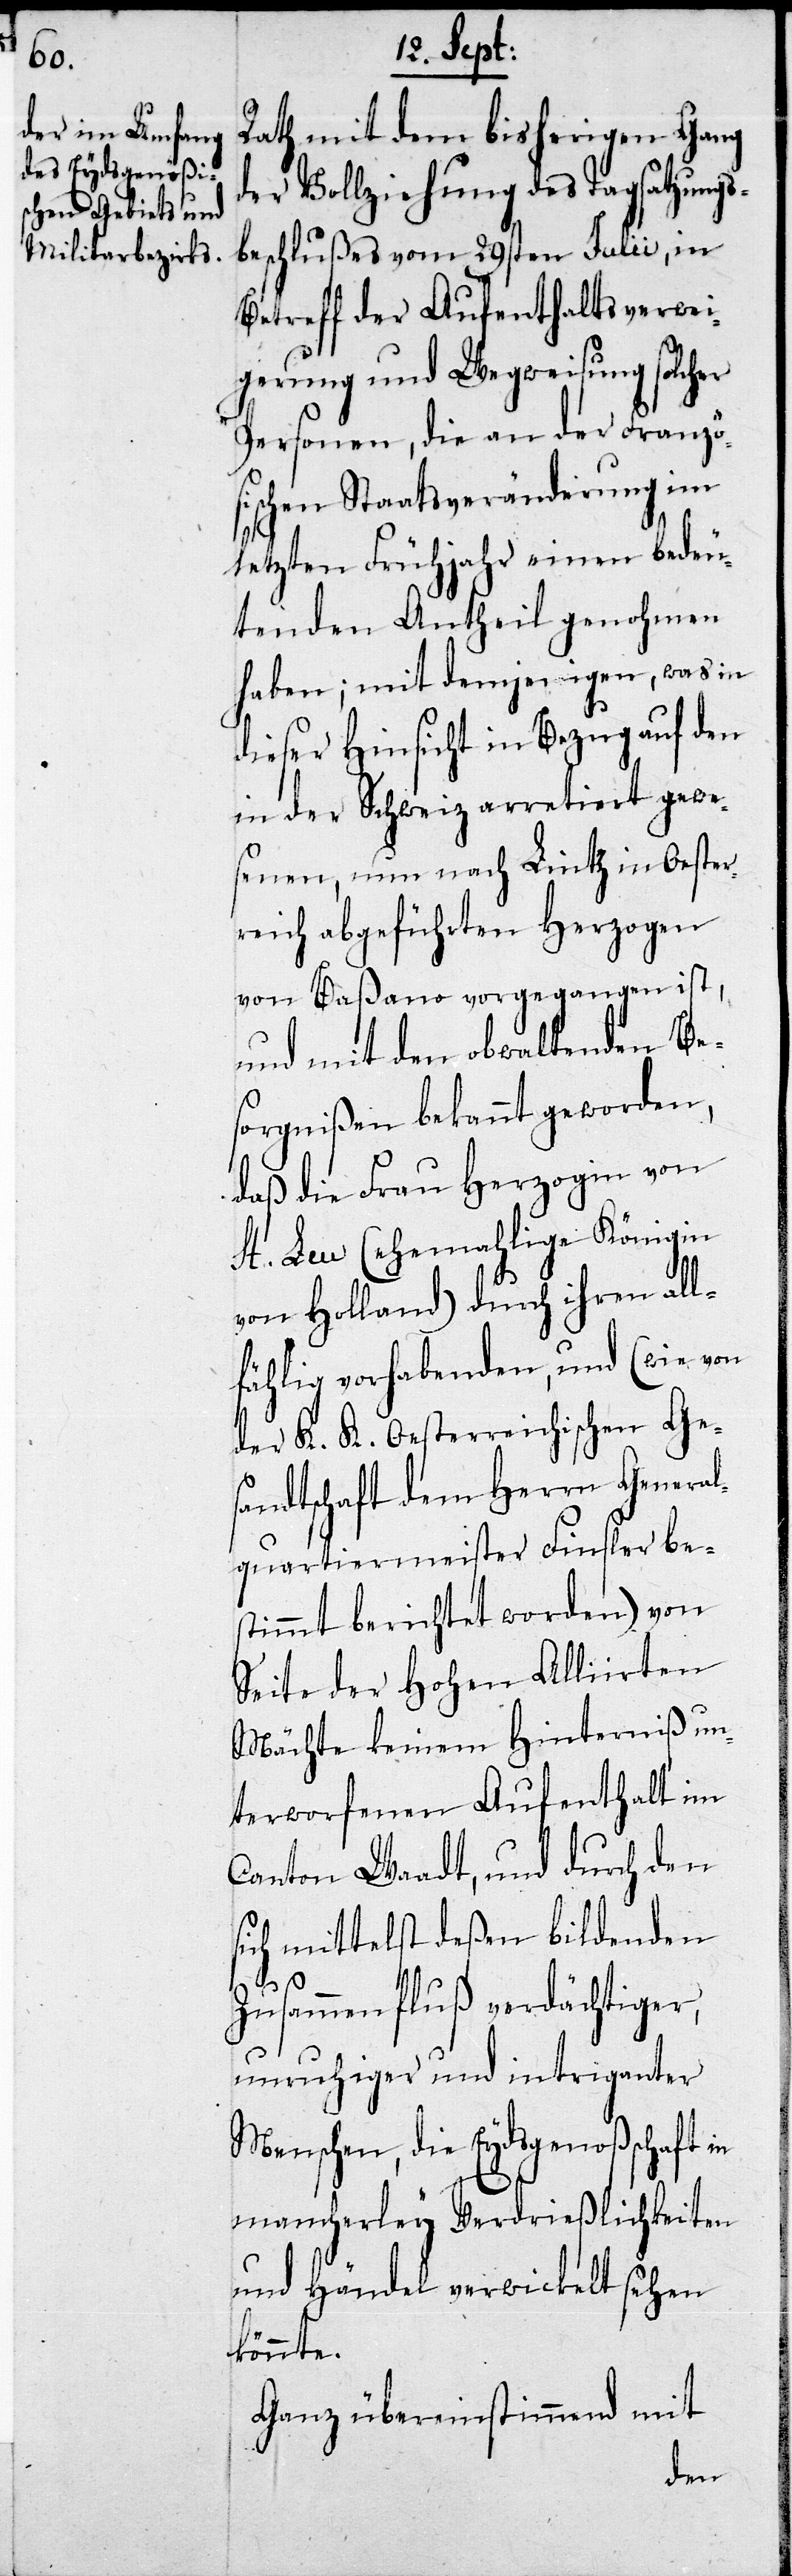
Rath mit dem bisherigen Gang
der Vollziehung des Tagsatzungs¬
beschlußes vom 29sten Julii, in
Betreff der Aufenthaltsverwei¬
gerung und Wegweisung solcher
Personen, die an der Französ¬
ischen Staatsveränderung im
letzten Frühjahr einen bedeu¬
tenden Antheil genohmen
haben; mit demjenigen, was in
dieser Hinsicht in Bezug auf den
in der Schweiz arretiert gewe¬
senen, nun nach Lintz in Oester¬
reich abgeführten Herzogen
von Baßano vorgegangen ist,
und mit den obwaltenden Be¬
sorgnißen bekannt geworden,
daß die Frau Herzogin von
St. Leu (ehemalige Königin
von Holland) durch ihren all¬
fählig vorhabenden, und (wie von
der K. K. Oesterreichischen Ge¬
sandtschaft dem Herrn General¬
quartiermeister Finsler bes¬
timmt berichtet worden) von
Seite der Hohen Alliirten
Mächte keinem Hinterniß un¬
terworfenen Aufenthalt im
Canton Waadt, und durch den
sich mittelst deßen bildenden
Zusammenfluß verdächtiger,
unruhiger und intriganter
Menschen, die Eydsgenoßenschaft
mancherley Verdrießlichkeiten
und Händel verwickelt sehen
könnte.
Ganz übereinstimmend mit